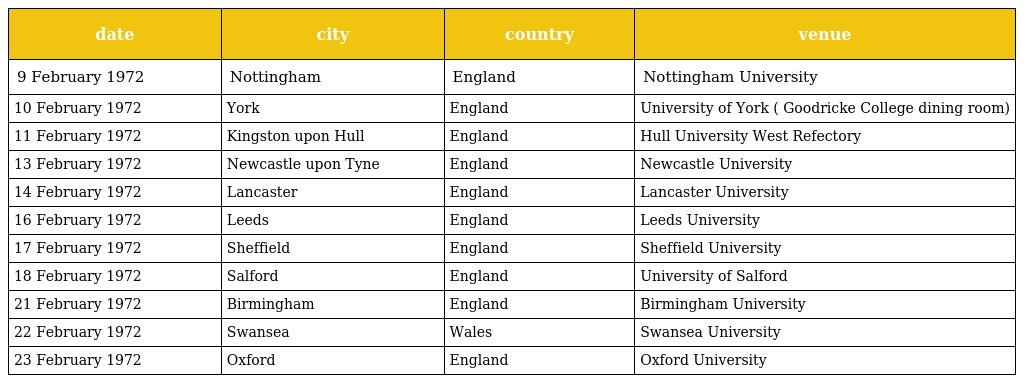
| date | city | country | venue |
 | --- | --- | --- | --- |
 | 9 February 1972 | Nottingham | England | Nottingham University |
 | 10 February 1972 | York | England | University of York ( Goodricke College dining room) |
 | 11 February 1972 | Kingston upon Hull | England | Hull University West Refectory |
 | 13 February 1972 | Newcastle upon Tyne | England | Newcastle University |
 | 14 February 1972 | Lancaster | England | Lancaster University |
 | 16 February 1972 | Leeds | England | Leeds University |
 | 17 February 1972 | Sheffield | England | Sheffield University |
 | 18 February 1972 | Salford | England | University of Salford |
 | 21 February 1972 | Birmingham | England | Birmingham University |
 | 22 February 1972 | Swansea | Wales | Swansea University |
 | 23 February 1972 | Oxford | England | Oxford University |